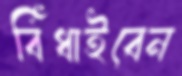
বিঁধাইবেন